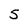
Character: 5